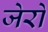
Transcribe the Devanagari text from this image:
जेरो